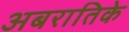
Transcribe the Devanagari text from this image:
अबरातिके